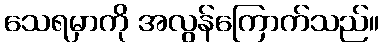
သေရမှာကို အလွန်ကြောက်သည်။